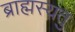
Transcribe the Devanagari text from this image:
ब्राह्मस्यतु